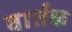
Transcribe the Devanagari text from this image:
वार्तक